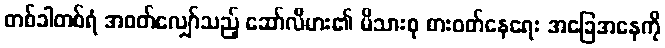
တစ်ခါတစ်ရံ အဝတ်လျှော်သည့် ဆော်လီမား၏ မိသားစု စားဝတ်နေရေး အခြေအနေကို